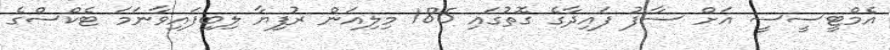
އެމްޓީސީސީ އަށް ސާފު ފައިދާގެ ގޮތުގައި 185 މިލިއަން ރުފިޔާ ލިބިފައިވާނަމަ ޓެކްސްގެ